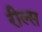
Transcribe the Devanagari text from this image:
रील्स